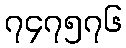
၇၄၇၅၇၆